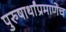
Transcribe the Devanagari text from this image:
पुरुषार्थांप्रमाणेच